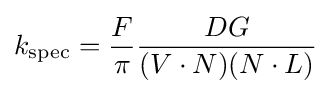
k_{\mathrm {spec} }={\frac {F}{\pi }}{\frac {DG}{(V\cdot N)(N\cdot L)}}